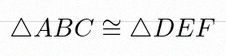
\triangle ABC\cong\triangle DEF